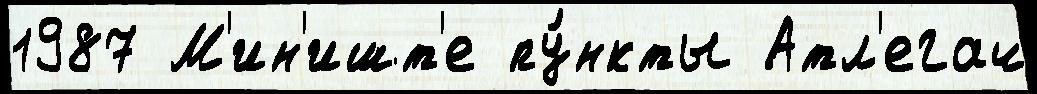
1987 М'ин'ишт'е пу́нкты Атл'егач